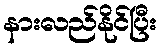
နားလည်နိုင်ပြီး